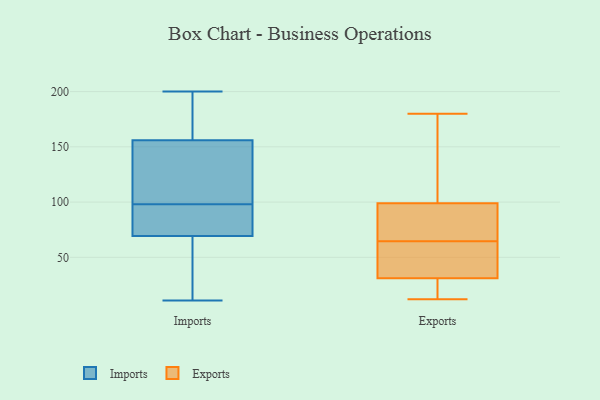
{"axis": {"x": "Operating Costs (USD K)", "y": "Value"}, "legend": ["Exports", "Imports"], "data": [{"x": "", "y": 67, "type": "Imports"}, {"x": "", "y": 11, "type": "Imports"}, {"x": "", "y": 98, "type": "Imports"}, {"x": "", "y": 200, "type": "Imports"}, {"x": "", "y": 174, "type": "Imports"}, {"x": "", "y": 74, "type": "Imports"}, {"x": "", "y": 154, "type": "Imports"}, {"x": "", "y": 81, "type": "Imports"}, {"x": "", "y": 162, "type": "Imports"}, {"x": "", "y": 122, "type": "Imports"}, {"x": "", "y": 147, "type": "Imports"}, {"x": "", "y": 35, "type": "Imports"}, {"x": "", "y": 95, "type": "Imports"}, {"x": "", "y": 29, "type": "Imports"}, {"x": "", "y": 128, "type": "Imports"}, {"x": "", "y": 174, "type": "Imports"}, {"x": "", "y": 70, "type": "Imports"}, {"x": "", "y": 99, "type": "Exports"}, {"x": "", "y": 66, "type": "Exports"}, {"x": "", "y": 66, "type": "Exports"}, {"x": "", "y": 114, "type": "Exports"}, {"x": "", "y": 44, "type": "Exports"}, {"x": "", "y": 20, "type": "Exports"}, {"x": "", "y": 31, "type": "Exports"}, {"x": "", "y": 98, "type": "Exports"}, {"x": "", "y": 12, "type": "Exports"}, {"x": "", "y": 28, "type": "Exports"}, {"x": "", "y": 106, "type": "Exports"}, {"x": "", "y": 31, "type": "Exports"}, {"x": "", "y": 180, "type": "Exports"}, {"x": "", "y": 63, "type": "Exports"}]}